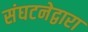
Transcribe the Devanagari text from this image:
संघटनेद्वारा